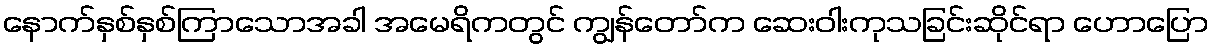
နောက်နှစ်နှစ်ကြာသောအခါ အမေရိကတွင် ကျွန်တော်က ဆေးဝါးကုသခြင်းဆိုင်ရာ ဟောပြော